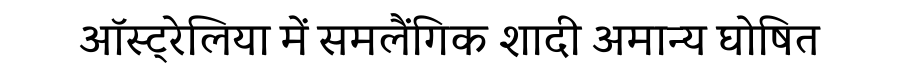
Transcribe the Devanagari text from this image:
ऑस्ट्रेलिया में समलैंगिक शादी अमान्य घोषित